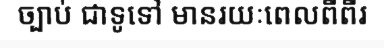
ច្បាប់ ជាទូទៅ មានរយៈពេលពីពីរ